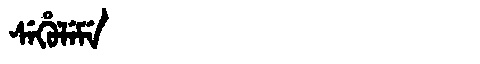
Manchu: ᠰᡝᡥᡠᠯᡝᠮᡝ
Romanization: SEHULEME